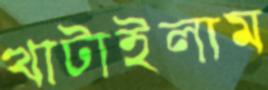
খাটাইলাম